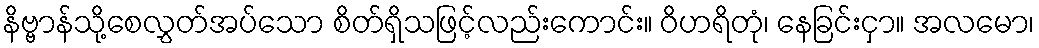
နိဗ္ဗာန်သို့စေလွှတ်အပ်သော စိတ်ရှိသဖြင့်လည်းကောင်း။ ဝိဟရိတုံ၊ နေခြင်းငှာ။ အလမော၊